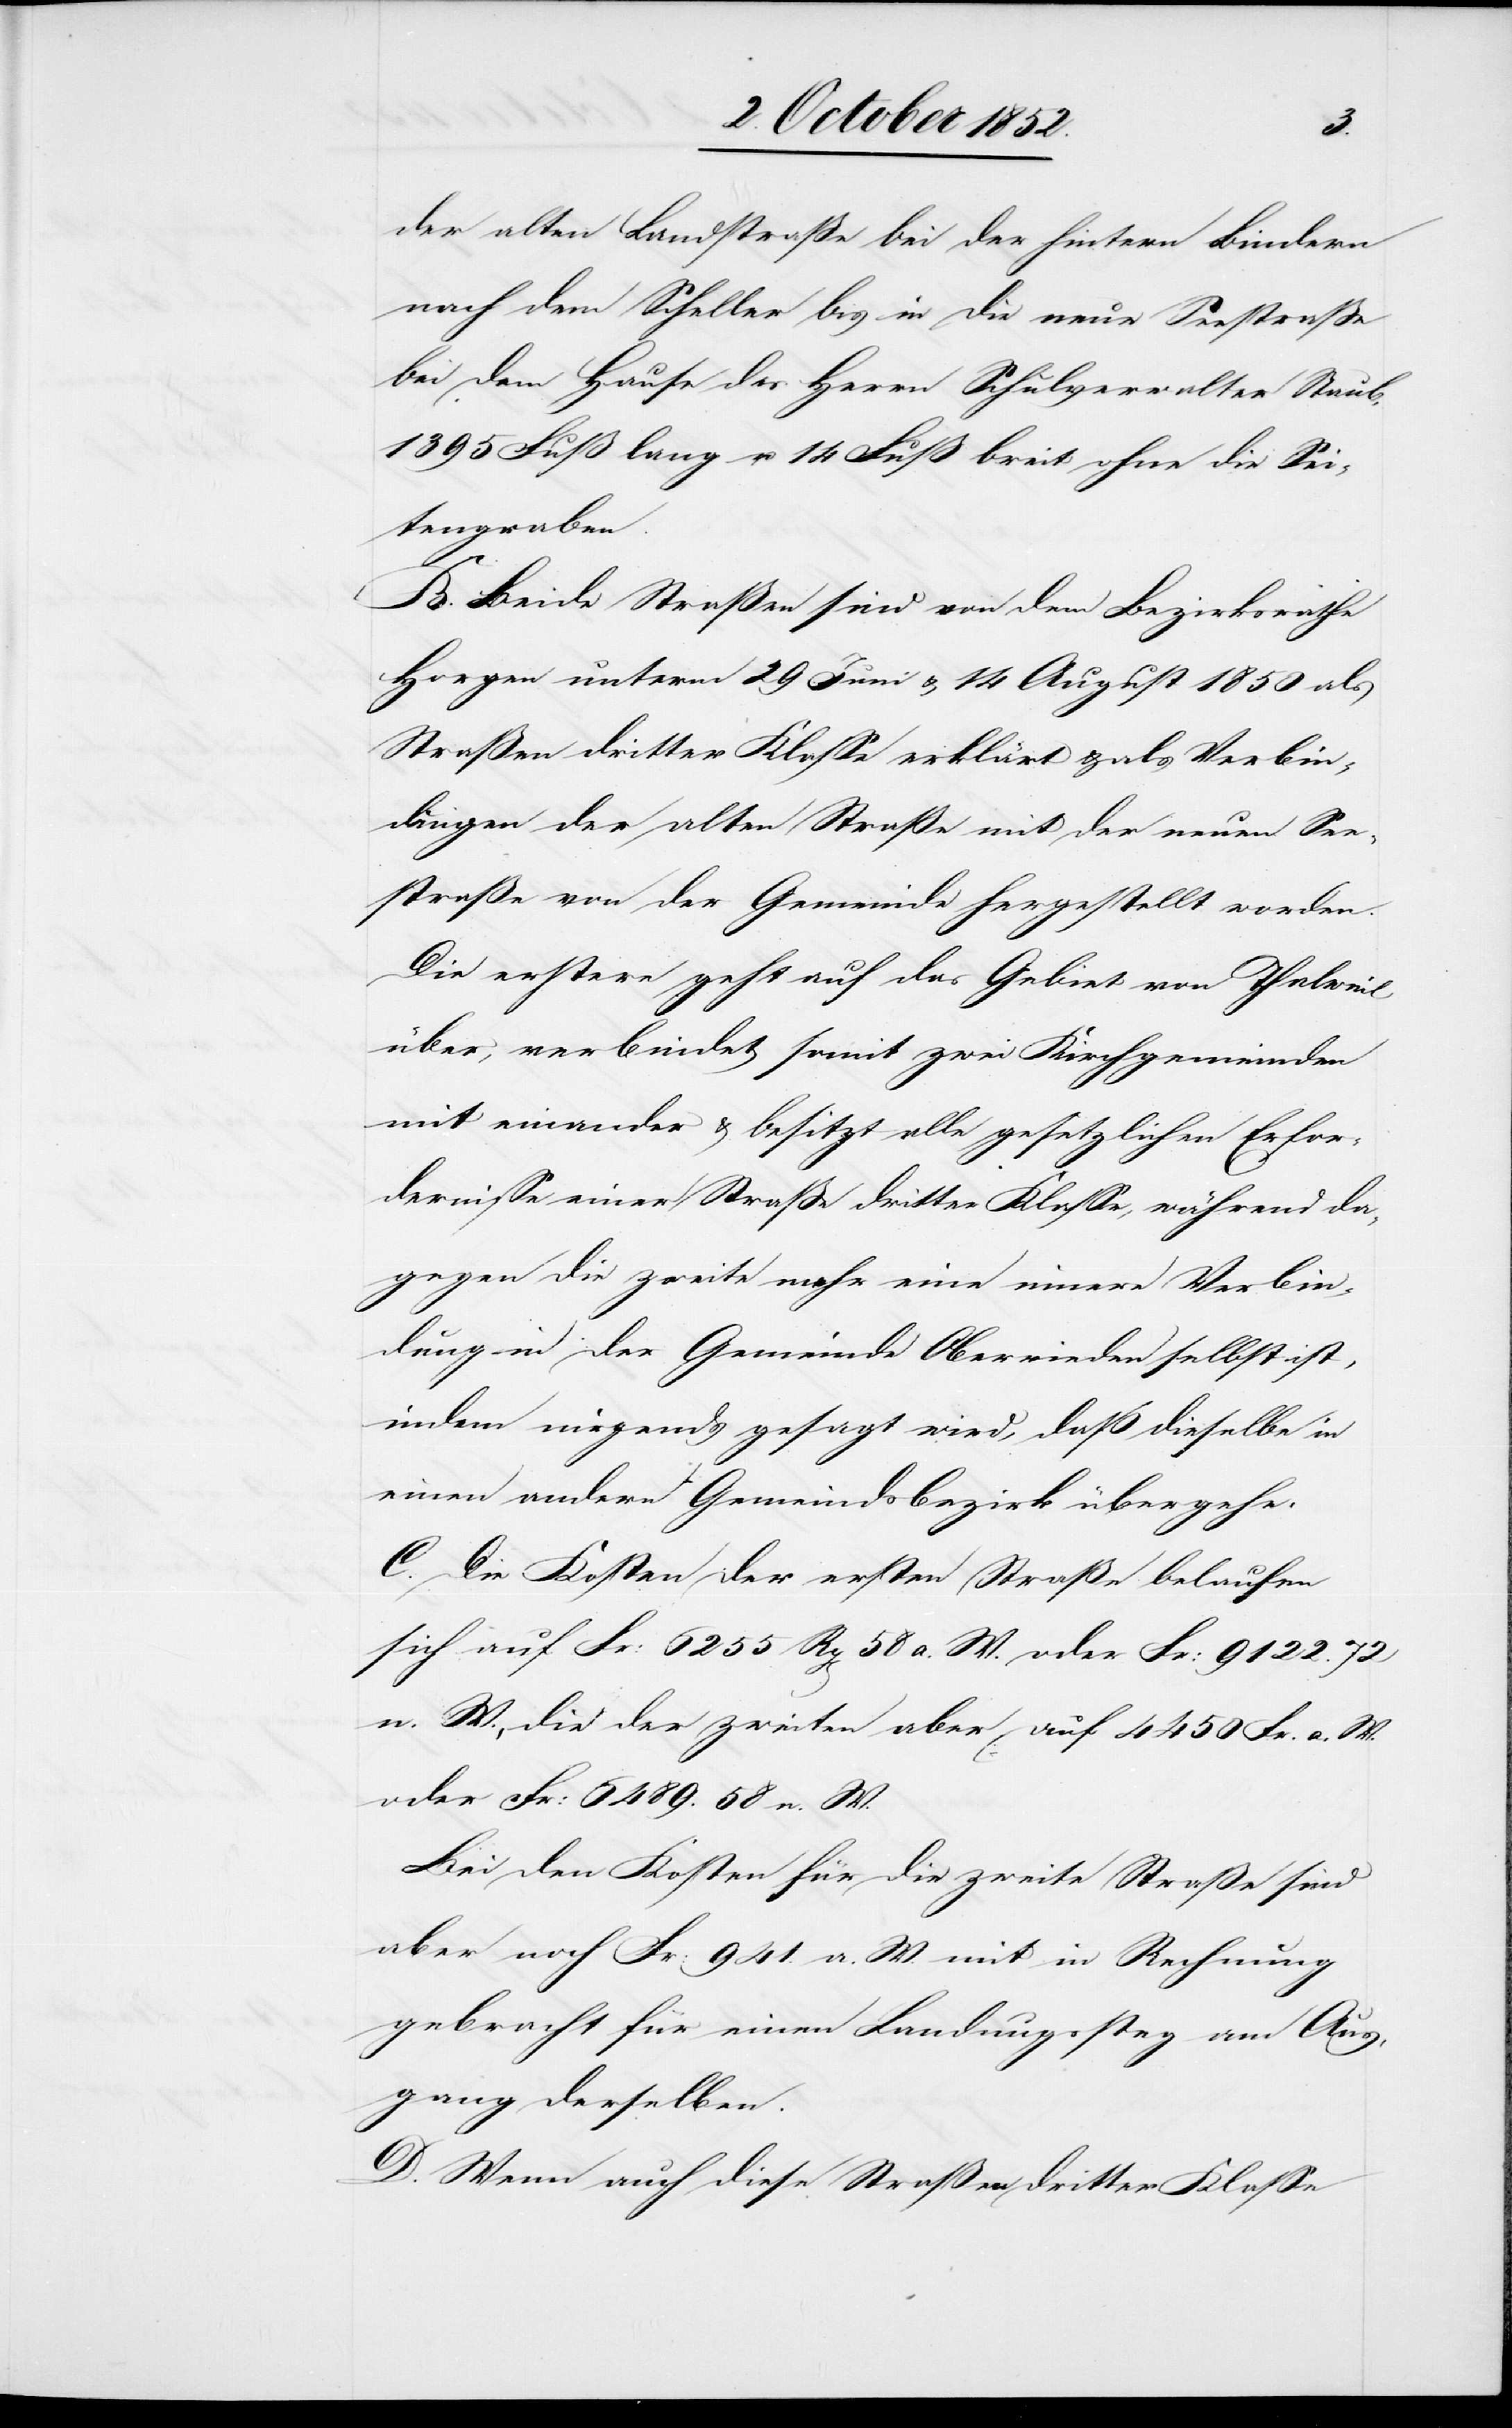
der alten Landstraße bei der hintern Bindern
nach dem Scheller bis in die neue Seestraße
bei dem Hause des Herrn Schulverwalter Staub,
1395 Fuß lang u. 14 Fuß breit ohne die Sei¬
tengraben.
B. Beide Straßen sind von dem Bezirksrathe
Horgen unterm 29 Juni & 14 August 1850 als
Straßen dritter Klasse erklärt & als Verbin¬
dungen der alten Straße mit der neuen See¬
straße von der Gemeinde hergestellt worden.
Die erstere geht auf das Gebiet von Thalweil
über, verbindet somit zwei Kirchgemeinden
mit einander & besitzt alle gesetzlichen Erfor¬
dernisse einer Straße dritter Klasse, während da¬
gegen die zweite mehr eine innere Verbin¬
dung in der Gemeinde Oberrieden selbst ist,
indem nirgends gesagt wird, dass dieselbe in
einen andern Gemeindsbezirk übergehe.
C. Die Kosten der ersten Straße belaufen
sich auf Fr: 6255 Rp[en] 58 a. W. oder Fr: 9122. 72
n. W., die der zweiten aber auf 4450 Fr. a. W.
oder Fr: 6489. 58 n. W.
Bei den Kosten für die zweite Straße sind
aber noch Fr: 941. a. W. mit in Rechnung
gebracht für einen Landungssteg am Aus¬
gang derselben.
D. Wenn auch diese Straßen dritter Klasse